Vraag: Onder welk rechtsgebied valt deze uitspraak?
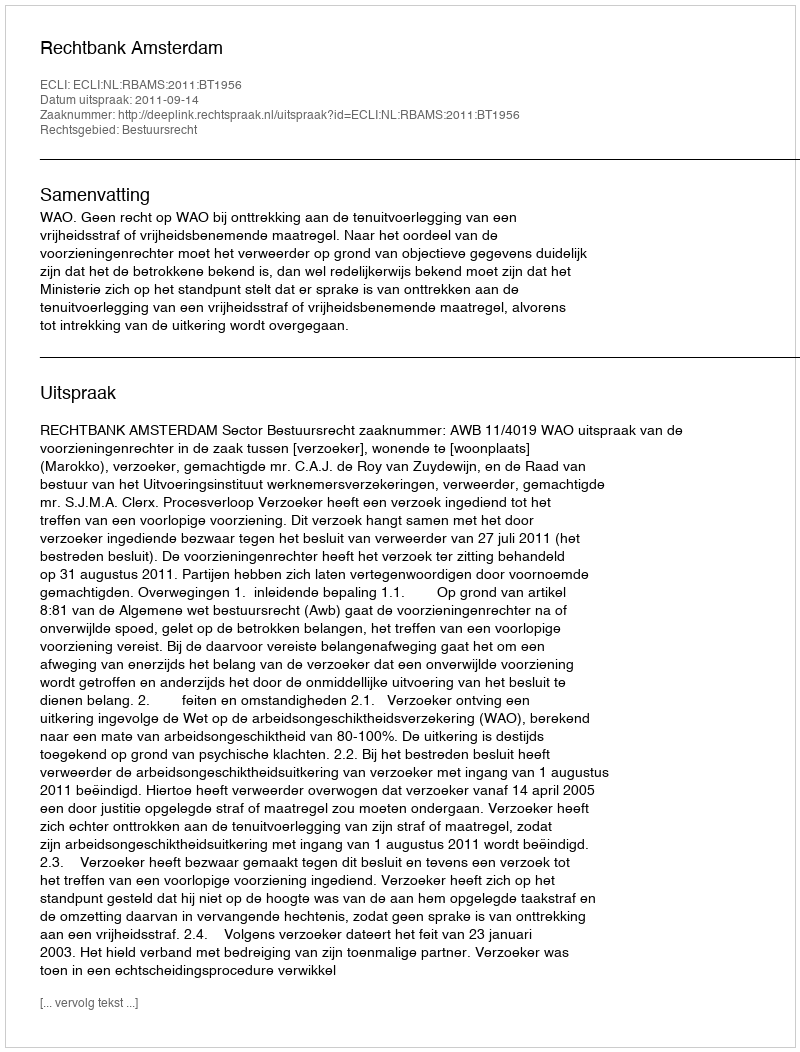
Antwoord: Bestuursrecht